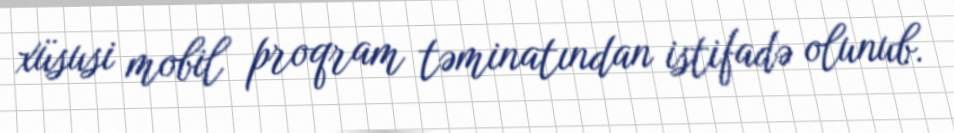
xüsusi mobil proqram təminatından istifadə olunub.